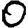
Digit: 0